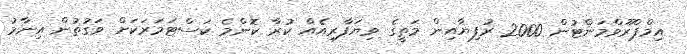
އިމްޕްރޫވްމަންޓުން 2000 ރުފިޔާއިން މަތީގެ ވިޔަފާރިއެއް ކުރާ ކޮންމެ ކަސްޓަމަރަކަށް ވަގުތުން އިނާމު